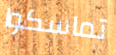
تماسكوا